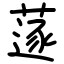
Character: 蓫